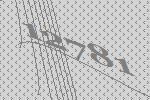
12781